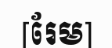
[រែម]